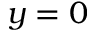
y = 0